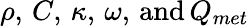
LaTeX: \rho,\, C,\, \kappa,\, \omega,\, \textrm{and}\, Q_{met}